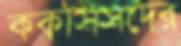
ককসিসদের